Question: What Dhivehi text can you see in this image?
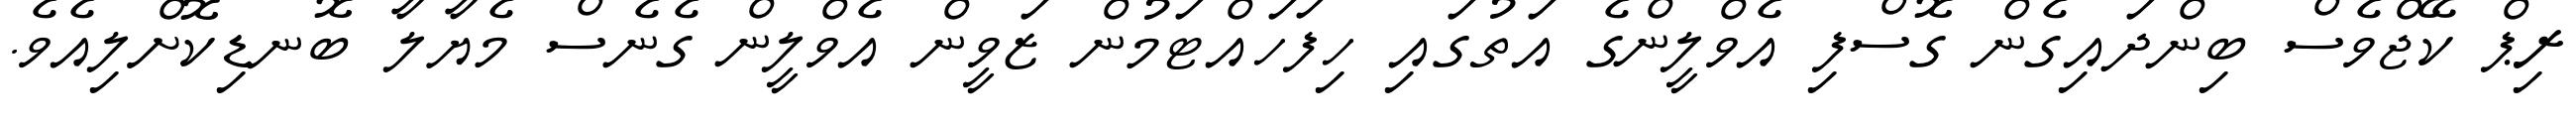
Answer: ރިޕް ކޭޖްވެސް ބިންދައިގެން ގޮސްފި އެވްލީންގެ އަތުގައި ހިފަހައްޓަމުން ޒަވީން އެވްލީން ގެނެސް މެޔާލާ ބޮނޑިކޮށްލިއެވެ.